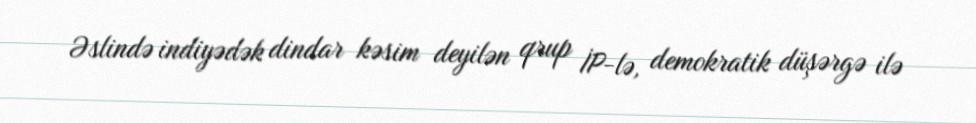
Əslində indiyədək dindar kəsim deyilən qrup İP-lə, demokratik düşərgə ilə